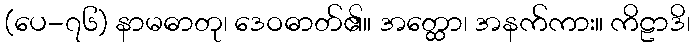
(ပေ-၇၆) နာမဓာတု၊ ဒေဝဓာတ်၏။ အတ္ထော၊ အနက်ကား။ ကိဠာဒိ၊